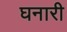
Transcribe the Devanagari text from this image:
घनारी